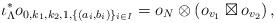
LaTeX: \begin{align*}\iota_{\Lambda}^*o_{0,k_1,k_2,1,\{(a_i,b_i)\}_{i\in I}}= o_N \otimes \left(o_{v_1} \boxtimes o_{v_2}\right),\end{align*}